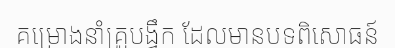
គម្រោងនាំគ្រូបង្វឹក ដែលមានបទពិសោធន៍